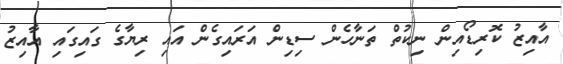
އާއިޒު ކޮރިޑޯއިން ނިކުތް ތަނާހެން ސިޑިން އަރައިގެން އައި ރިޔާގެ ގައިގައި އާއިޒު